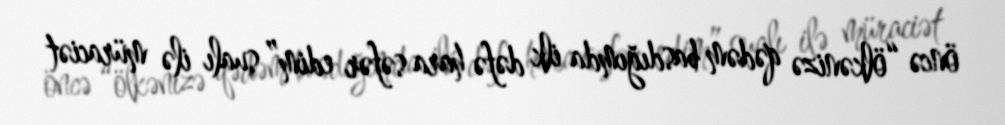
öncə “ölkənizə qədəm basdığımda ilk dəfə hara səfər edim” sualı ilə müraciət